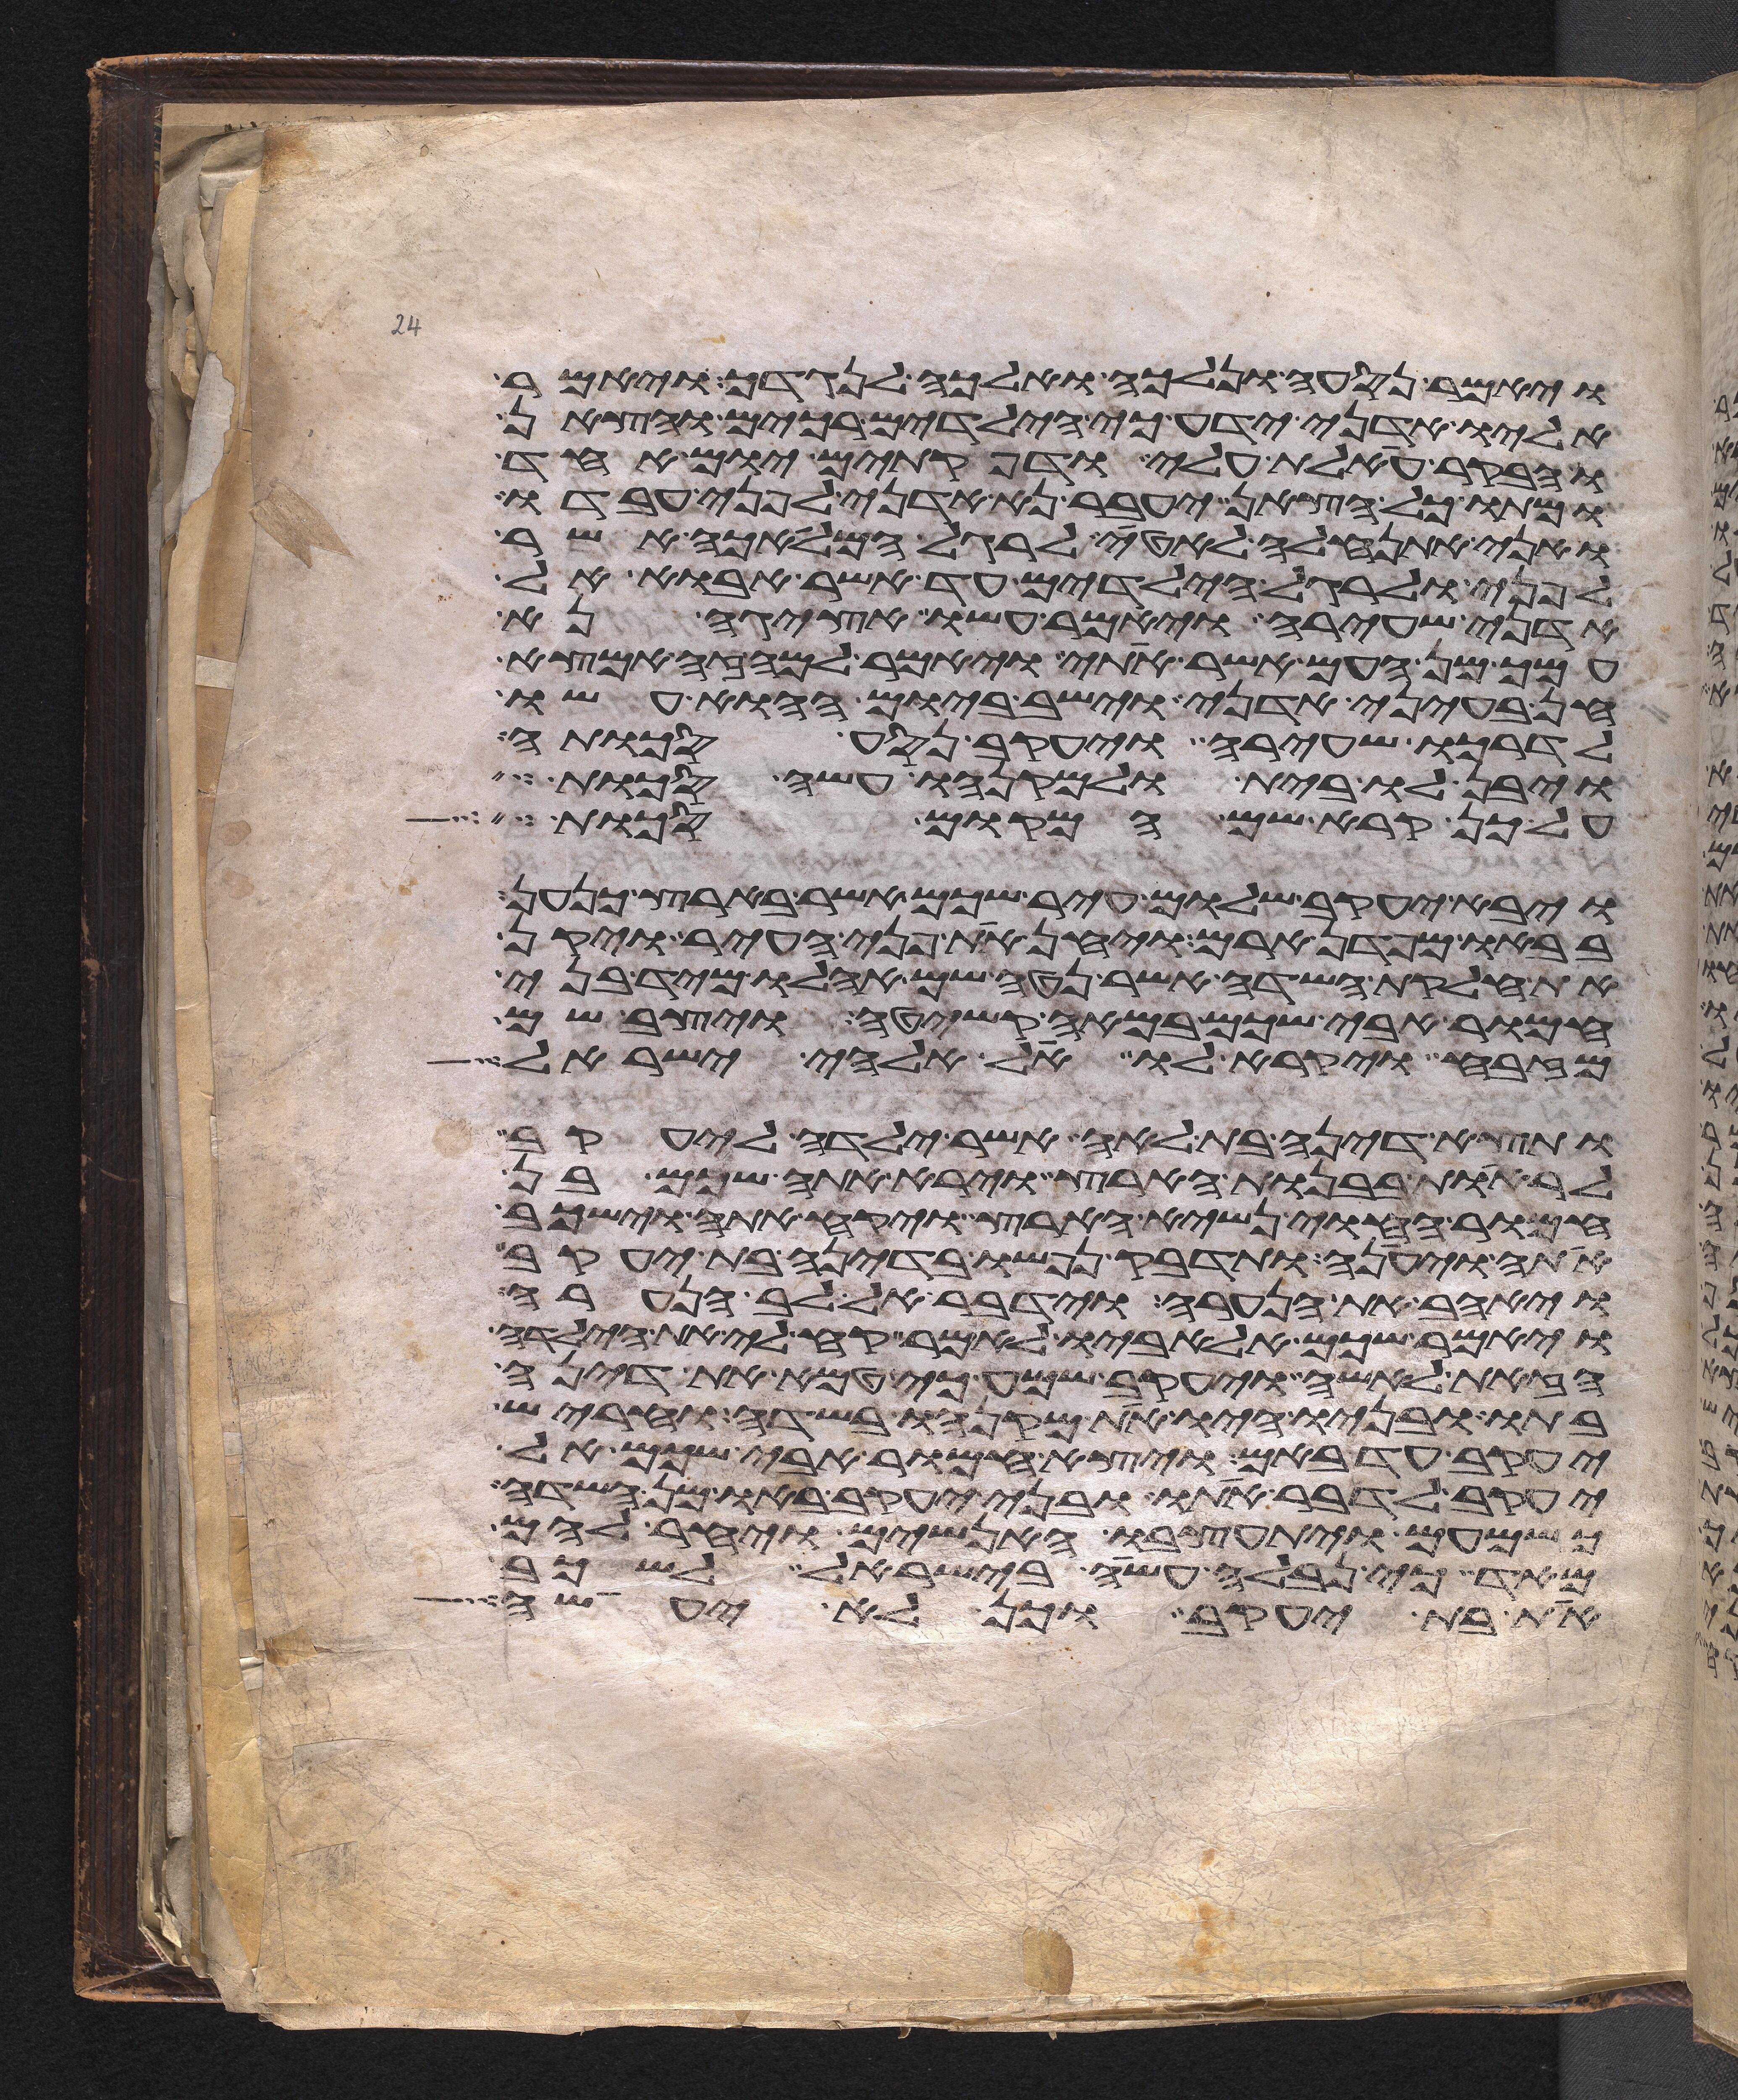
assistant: ויאמר נסעה ונלכה ואלכה לנגדך ויאמר
אליו אדני ידע כי הילדים רכים והצאן
והבקר אעלת עלי ודפקתים יום אחד
ומתו כל הצאן יעבר נא אדני לפני עבדו
ואני אתנהלה לאטי לרגל המלאכה אשר
לפני ולרגל הילדים עד אשר אבוא אל
אדני שעירה ויאמר עשו אציגה נא
עמך מן העם אשר אתי ויאמר למה זה אמצא
חן בעיני אדני וישב ביום ההוא עשו
לדרכו שעירה ויעקב נסע סכותה
ויבן לו בית ולמקנהו עשה סכות
על כן קרא שם המקום סכות
ויבא יעקב שלום עיר שכם אשר בארץ כנען
בבאו מפדן ארם ויחן את פני העיר ויקן
את חלקת השדה אשר נטה שם אהלו מיד בני
חמור אבי שכם במאה קשיטה ויצב שם
מזבח ויקרא לו אל אלהי ישראל
ותצא דינה בת לאה אשר ילדה ליעקב
להראות בבנות הארץ וירא אתה שכם בן
חמור החוי נשיא הארץ ויקח אתה וישכב
אתה ויענה ותדבק נפשו בדינה בת יעקב
ויאהב את הנערה וידבר אל לב הנערה
ויאמר שכם אל אביו לאמר קח לי את הילדה
הזאת לאשה ויעקב שמע כי טמא את דינה
בתו ובניו היו את מקנהו בשדה וחריש
יעקב עד באם ויצא חמור אבי שכם אל
יעקב לדבר אתו ובני יעקב באו מן השדה
כשמעם ויתעצבו האנשים ויחר להם
מאד כי נבלה עשה בישראל לשכב
את בת יעקב וכן לא יעשה